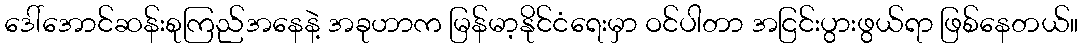
ဒေါ်အောင်ဆန်းစုကြည်အနေနဲ့ အခုဟာက မြန်မာ့နိုင်ငံရေးမှာ ဝင်ပါတာ အငြင်းပွားဖွယ်ရာ ဖြစ်နေတယ်။